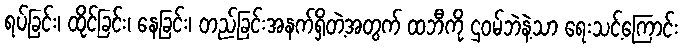
ရပ်ခြင်း၊ ထိုင်ခြင်း၊ နေခြင်း၊ တည်ခြင်းအနက်ရှိတဲ့အတွက် ထဘီကို ဌဝမ်ဘဲနဲ့သာ ရေးသင့်ကြောင်း